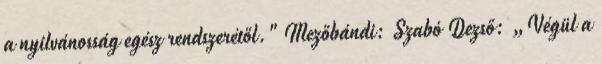
a nyilvánosság egész rendszerétől." Mezőbándi: Szabó Dezső: „Végül a